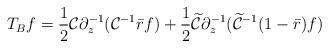
LaTeX: \begin{align*}T_{B}f=\frac 12 \mathcal C\partial^{-1}_{z} (\mathcal C^{-1} \bar rf)+ \frac 12 \widetilde{ \mathcal C}\partial^{-1}_{ z}(\widetilde {\mathcal C}^{-1}(1-\bar r)f)\end{align*}